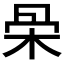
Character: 𣑍